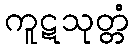
ကူဋသုတ္တံ